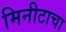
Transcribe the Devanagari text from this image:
मिनीटाचा